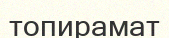
топирамат